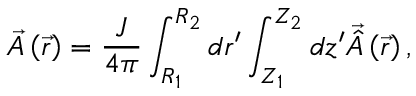
\vec { A } \left( \vec { r } \right) = \frac { J } { 4 \pi } \int _ { R _ { 1 } } ^ { R _ { 2 } } d r ^ { \prime } \int _ { Z _ { 1 } } ^ { Z _ { 2 } } d z ^ { \prime } \vec { \hat { A } } \left( \vec { r } \right) ,